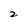
Character: 2